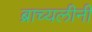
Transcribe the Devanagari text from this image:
ब्राच्यलीनी